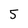
Character: 5